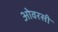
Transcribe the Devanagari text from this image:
ओवरसी